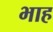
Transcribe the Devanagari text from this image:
भाह